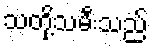
သတို့သမီးသည်